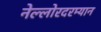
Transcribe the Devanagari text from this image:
नेल्लोरदरम्यान